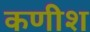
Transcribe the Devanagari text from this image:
कणीश